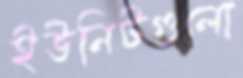
ইউনিটগুলো